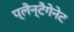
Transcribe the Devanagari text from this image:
प्लैन्टैगेनेट